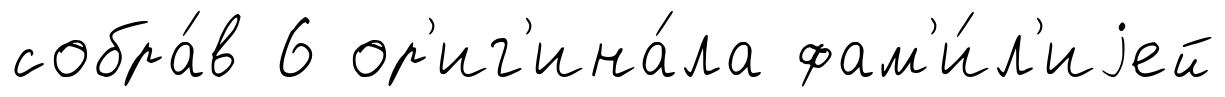
собра́в 6 ор'иг'ина́ла фам'и́л'иjей